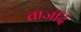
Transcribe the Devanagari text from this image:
ताजीर्द